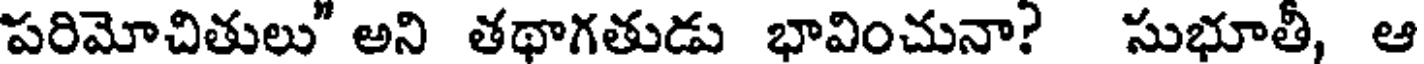
పరిమోచితులు" అని తథాగతుడు భావించునా? సుభూతీ, ఆ